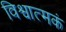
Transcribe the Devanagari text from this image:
विश्वात्मकं